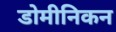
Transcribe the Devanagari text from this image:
डोमीनिकन